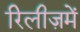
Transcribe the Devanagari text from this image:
रिलीज़में